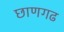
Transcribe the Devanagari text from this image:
छाणगढ